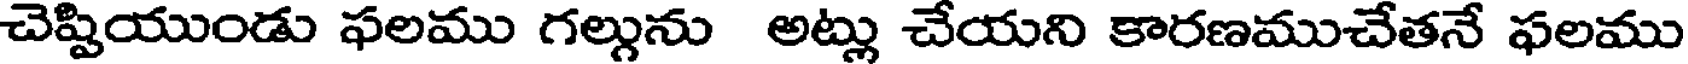
చెప్పియుండు ఫలము గల్గును అట్లు చేయని కారణముచేతనే ఫలము